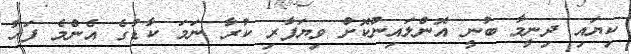
ކިޔައި ދިނީމާ ބުނީ އޮންލައިންކޮށް ވިޔަފާރި ކުރާ ނަމަ ކާޑުގެ އެންމެ ފަހު